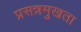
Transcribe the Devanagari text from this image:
प्रसन्नमुखता